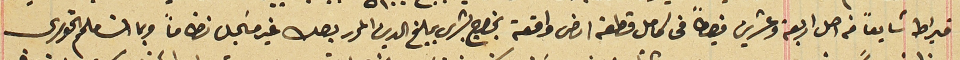
قيراط شايعاً من اصل اربعة وعشرين قيراطاً فى كامل قطعة ارض واقعة بخراج بشرى بمبلغ الدين المحرر بصك غير مسَجل نظاماً وبما ان ملحم الخورى